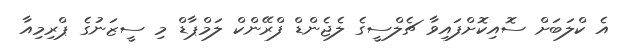
އެ ކްލަބަށް ސޮއިކޮށްފައިވާ ޗެލްސީގެ ލެޖެންޑް ފްރޭންކް ލަމްޕާޑް މި ސީޒަނުގެ ޕްރިމިއާ